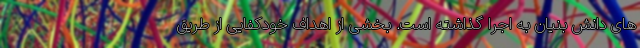
های دانش بنیان به اجرا گذاشته است. بخشی از اهداف خودکفایی از طریق